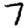
Digit: 7